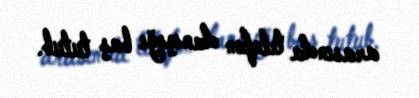
arasında telefon danışığı baş tutub.